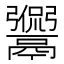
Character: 𩱡